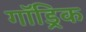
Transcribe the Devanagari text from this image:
गॉड्रिक